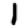
Digit: 1